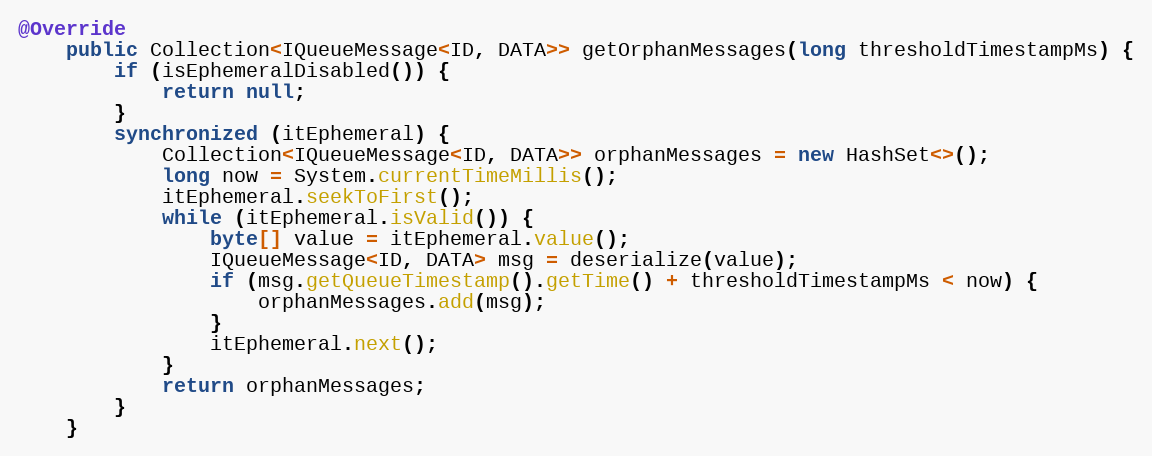
Language: Java
@Override
    public Collection<IQueueMessage<ID, DATA>> getOrphanMessages(long thresholdTimestampMs) {
        if (isEphemeralDisabled()) {
            return null;
        }
        synchronized (itEphemeral) {
            Collection<IQueueMessage<ID, DATA>> orphanMessages = new HashSet<>();
            long now = System.currentTimeMillis();
            itEphemeral.seekToFirst();
            while (itEphemeral.isValid()) {
                byte[] value = itEphemeral.value();
                IQueueMessage<ID, DATA> msg = deserialize(value);
                if (msg.getQueueTimestamp().getTime() + thresholdTimestampMs < now) {
                    orphanMessages.add(msg);
                }
                itEphemeral.next();
            }
            return orphanMessages;
        }
    }